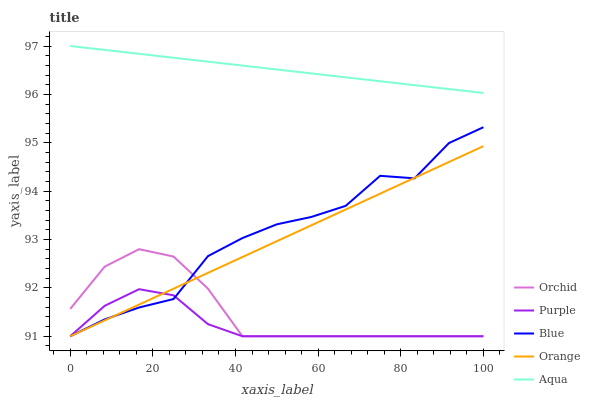
| xaxis_label | Orchid | Purple | Blue | Orange | Aqua |
 | --- | --- | --- | --- | --- | --- |
 | 0 | 91.6 | 91 | 91 | 91 | 97 |
 | 8.33 | 92.4 | 91.6 | 91.3 | 91.3 | 96.9 |
 | 16.7 | 92.8 | 92 | 91.6 | 91.7 | 96.8 |
 | 25 | 92.6 | 91.8 | 91.8 | 92 | 96.8 |
 | 33.3 | 92 | 91.2 | 92.7 | 92.3 | 96.7 |
 | 41.7 | 91 | 91 | 93 | 92.6 | 96.6 |
 | 50 | 91 | 91 | 93.3 | 93 | 96.5 |
 | 58.3 | 91 | 91 | 93.5 | 93.3 | 96.4 |
 | 66.7 | 91 | 91 | 93.7 | 93.6 | 96.4 |
 | 75 | 91 | 91 | 94.3 | 93.9 | 96.3 |
 | 83.3 | 91 | 91 | 94.3 | 94.3 | 96.2 |
 | 91.7 | 91 | 91 | 95 | 94.6 | 96.1 |
 | 100 | 91 | 91 | 95.3 | 94.9 | 96 |